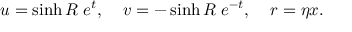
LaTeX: u = \sinh R \; e ^ { t } , \; \; \; \; v = - \sinh R \; e ^ { - t } , \; \; \; \; r = \eta x .